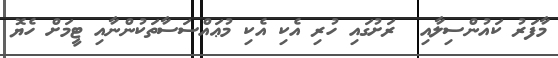
މާފަރު ކައުންސިލާއި  ރަށުގައި ހުރި އެކި އެކި މުޢައްސަސާތަކުންނާއި ޓީމަށް ހެޔޮ